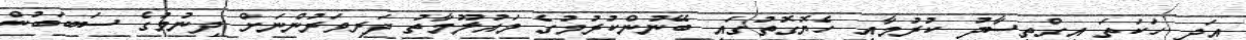
އަދި ހަކަތަ އިގްތިސާދު ކުރުމާއި ހެޔޮގޮތުގައި ބޭނުންކުރުމުގެ މައުލޫމާތު ދަރިވަރުންނަށް ދިނުމުގެ ސަބަބުން